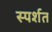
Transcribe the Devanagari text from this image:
स्पर्शत